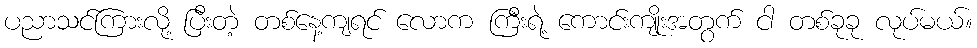
ပညာသင်ကြားလို့ ပြီးတဲ့ တစ်နေ့ကျရင် လောက ကြီးရဲ့ ကောင်းကျိုးအတွက် ငါ တစ်ခုခု လုပ်မယ်။